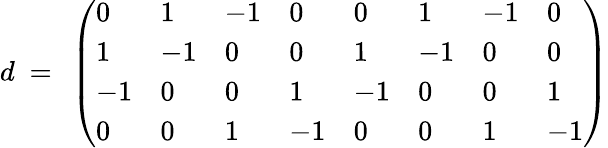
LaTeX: d~=~\left(\begin{array}{llllllll}{{0}}&{{1}}&{{-1}}&{{0}}&{{0}}&{{1}}&{{-1}}&{{0}}\\ {{1}}&{{-1}}&{{0}}&{{0}}&{{1}}&{{-1}}&{{0}}&{{0}}\\ {{-1}}&{{0}}&{{0}}&{{1}}&{{-1}}&{{0}}&{{0}}&{{1}}\\ {{0}}&{{0}}&{{1}}&{{-1}}&{{0}}&{{0}}&{{1}}&{{-1}}\end{array}\right)